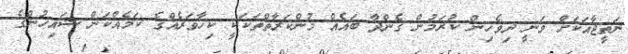
ނަތީޖާއަކަށް ވަނީ ދިވެހިން ކުރަމުން ގެންދާ ބައެއް މުންކަރާތްތަކަކީ ކިހާވަރެއްގެ ކަމެއްކަން ޝައިހުންގެ